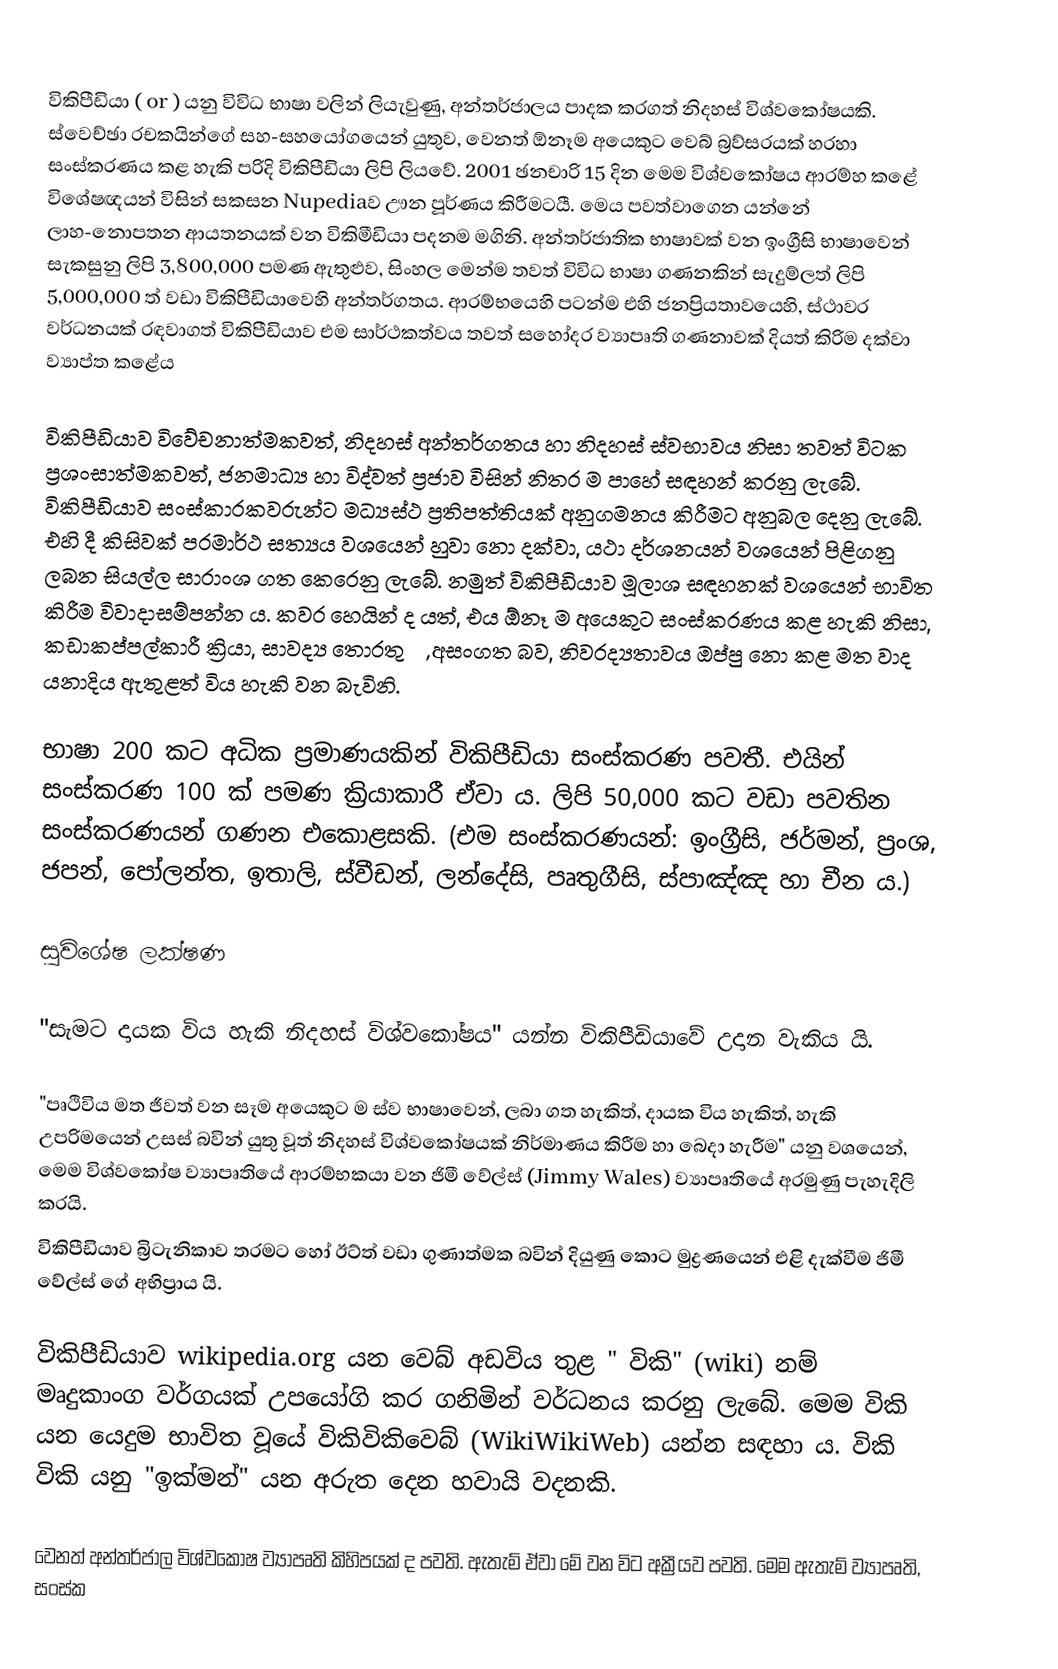
විකිපීඩියා ( or  ) යනු විවිධ භාෂා වලින් ලියැවුණු, අන්තර්ජාලය පාදක කරගත් නිදහස් විශ්වකෝෂයකි. ස්වෙච්ඡා රචකයින්ගේ සහ-සහයෝගයෙන් යුතුව, වෙනත් ඕනෑම අයෙකුට වෙබ් බ්‍රව්සරයක් හරහා සංස්කරණය කළ හැකි පරිදි විකිපීඩියා ලිපි ලියවේ. 2001 ඡනචාරි 15  දින මෙම විශ්වකෝෂය ආරම්හ කළේ විශේෂඥයන් විසින් සකසන Nupediaව ඌන පූර්ණය කිරීමටයී. මෙය පවත්වාගෙන යන්නේ ලාහ-නොපතන ආයතනයක් වන විකිමීඩියා පදනම මගිනි. අන්තර්ජාතික භාෂාවක් වන ඉංග්‍රීසි භාෂාවෙන් සැකසුනු ලිපි 3,800,000 පමණ ඇතුළුව, සිංහල මෙන්ම තවත් විවිධ භාෂා ගණනකින් සැදුම්ලත් ලිපි 5,000,000 ත් වඩා විකිපීඩියාවෙහි අන්තර්ගතය. ආරම්භයෙහි පටන්ම එහි ජනප්‍රියතාවයෙහි,  ස්ථාවර වර්ධනයක් රඳවාගත් විකිපීඩියාව එම සාර්ථකත්වය තවත් සහෝදර ව්‍යාපෘති ගණනාවක් දියත් කිරිම දක්වා ව්‍යාප්ත කළේය

විකිපීඩියාව විවේචනාත්මකවත්, නිදහස් අන්තර්ගතය හා නිදහස් ස්වභාවය නිසා තවත් විටක ප්‍රශංසාත්මකවත්, ජනමාධ්‍ය  හා විද්වත් ප්‍රජාව  විසින් නිතර ම පාහේ සඳහන් කරනු ලැබේ. විකිපීඩියාව සංස්කාරකවරුන්ට මධ්‍යස්ථ ප්‍රතිපත්තියක් අනුගමනය කිරීමට අනුබල දෙනු ලැබේ. එහි දී කිසිවක් පරමාර්ථ සත්‍යය වශයෙන් හුවා නො දක්වා, යථා දර්ශනයන් වශයෙන් පිළිගනු ලබන සියල්ල සාරාංශ ගත කෙරෙනු ලැබේ. නමුත් විකිපීඩියාව මූලාශ සඳහනක් වශයෙන් භාවිත කිරීම විවාදාසම්පන්න ය​. කවර හෙයින් ද යත්, එය ඕනෑ ම අයෙකුට සංස්කරණය කළ හැකි නිසා, කඩාකප්පල්කාරී ක්‍රියා, සාවද්‍ය තොරතුරු, අසංගත බව​, නිවරද්‍යතාවය ඔප්පු නො කළ මත වාද යනාදිය ඇතුළත් විය හැකි වන බැවිනි.

භාෂා 200 කට අධික ප්‍රමාණයකින් විකිපීඩියා සංස්කරණ පවතී. එයින් සංස්කරණ 100 ක් පමණ ක්‍රියාකාරී ඒවා ය​. ලිපි 50,000 කට වඩා පවතින සංස්කරණයන් ගණන එකොළසකි. (එම සංස්කරණයන්: ඉංග්‍රීසි, ජර්මන්, ප්‍රංශ​, ජපන්, පෝලන්ත​, ඉතාලි, ස්වීඩන්, ලන්දේසි, පෘතුගීසි, ස්පාඤ්ඤ හා චීන ය​.)

සුවිශේෂ ලක්ෂණ

"සැමට දායක විය හැකි නිදහස් විශ්වකෝෂය" යන්න විකිපීඩියාවේ උදාන වැකිය යි.

"පෘථිවිය මත ජීවත්  වන සෑම අයෙකුට ම ස්ව භාෂාවෙන්, ලබා ගත හැකිත්, දායක විය හැකිත්, හැකි උපරිමයෙන් උසස් බවින් යුතු වූත් නිදහස් විශ්වකෝෂයක් නිර්මාණය කිරීම හා බෙදා හැරීම" යනු වශයෙන්, මෙම විශ්වකෝෂ ව්‍යාපෘතියේ ආරම්භකයා වන ජිමී වේල්ස් (Jimmy Wales) ව්‍යාපෘතියේ අරමුණු පැහැදිලි කරයි.
විකිපීඩියාව බ්‍රිටැනිකාව තරමට හෝ ඊට්ත් වඩා ගුණාත්මක බවින් දියුණු කොට මුද්‍රණයෙන් එළි දැක්වීම ජිමී වේල්ස් ගේ අභිප්‍රාය යි.

විකිපීඩියාව wikipedia.org යන වෙබ් අඩවිය තුළ " විකි" (wiki) නම් මෘදුකාංග වර්ගයක් උපයෝගි කර ගනිමින් වර්ධනය කරනු ලැබේ. මෙම විකි යන යෙදුම භාවිත වූයේ විකිවිකිවෙබ් (WikiWikiWeb) යන්න සඳහා ය​. විකි විකි යනු "ඉක්මන්" යන අරුත දෙන හවායි වදනකි.

වෙනත් අන්තර්ජාල විශ්වකෝෂ ව්‍යාපෘති කිහිපයක් ද පවති. ඇතැම් ඒවා මේ වන විට අක්‍රීයව පවති. මෙම ඇතැම් ව්‍යාපෘති, සංස්ක